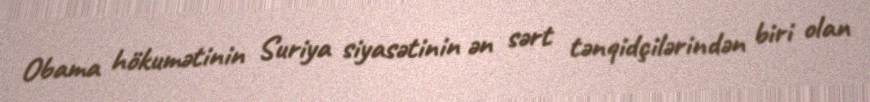
Obama hökumətinin Suriya siyasətinin ən sərt tənqidçilərindən biri olan